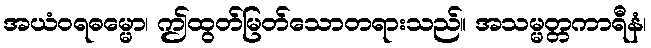
အယံဝရဓမ္မော၊ ဤထွတ်မြတ်သောတရားသည်။ အသမ္မတ္တကာရီနံ၊